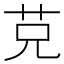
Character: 𦬺